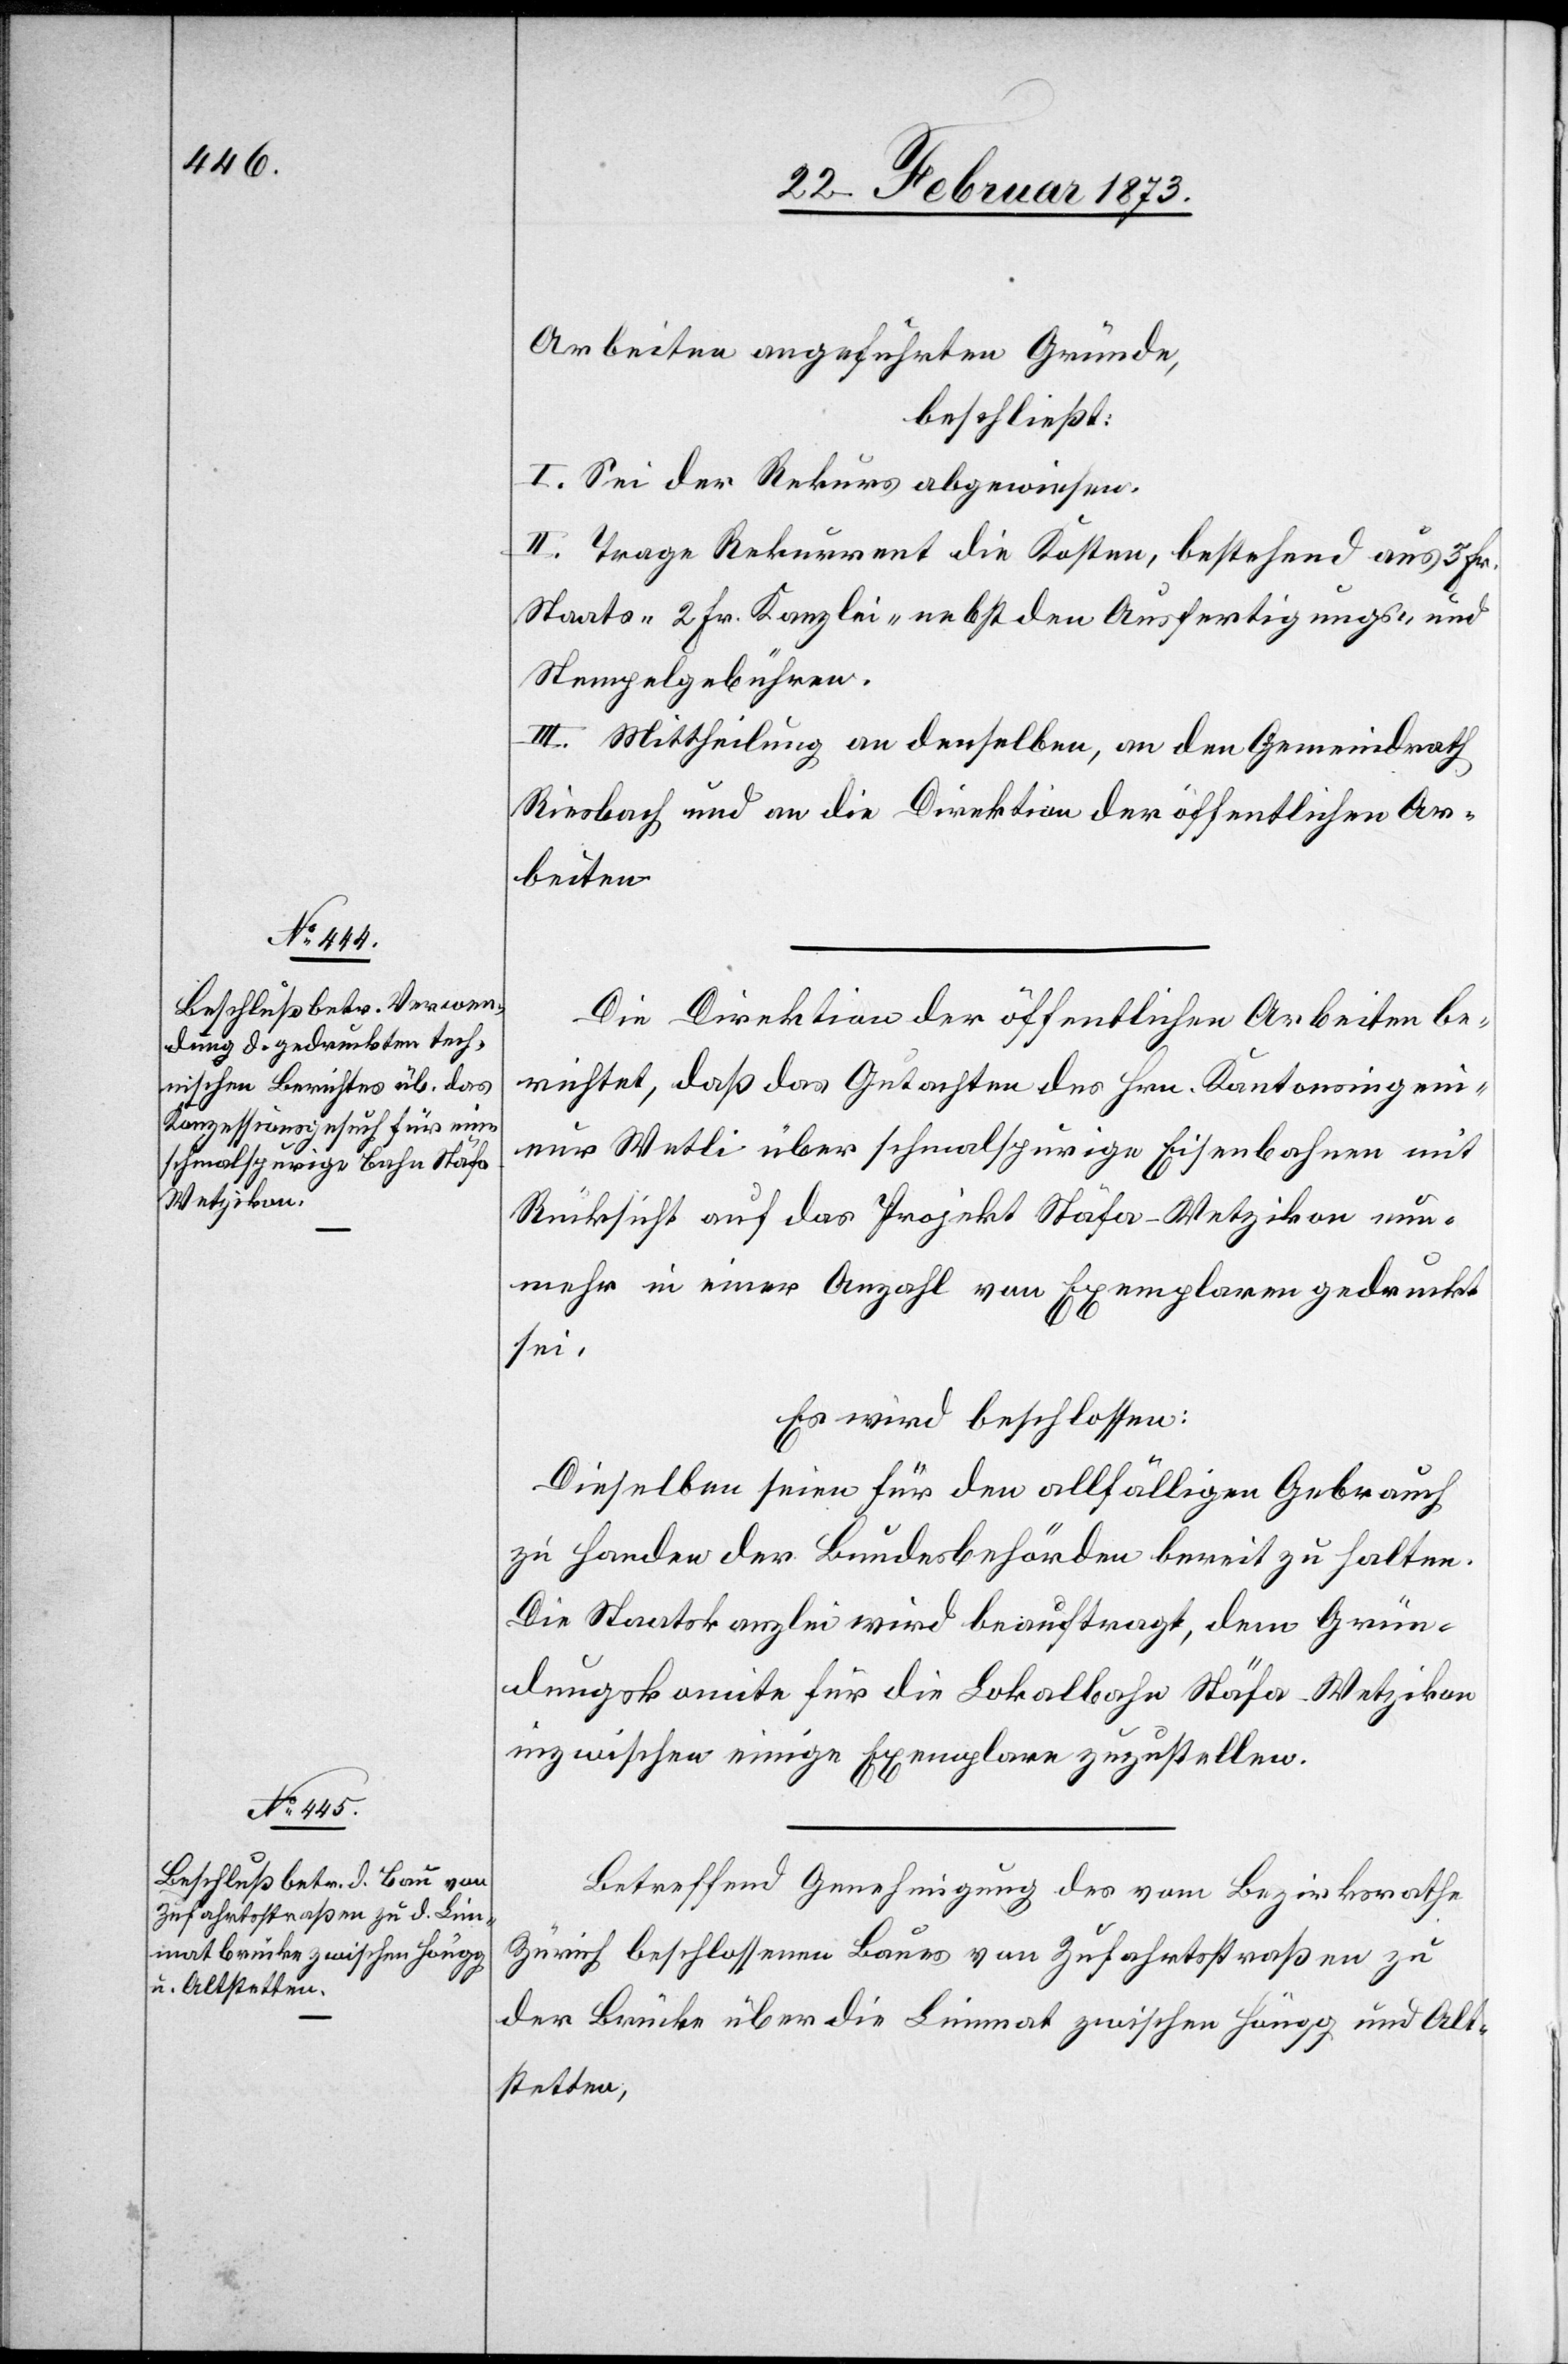
Arbeiten angeführten Gründe,
beschließt:
I. Sei der Rekurs abgewiesen.
II. Trage Rekurrent die Kosten, bestehend aus 3 Fr.
Staats-[,] 2 Fr. Kanzlei nebst den Ausfertigungs- und
Stempelgebühren.
III. Mittheilung an denselben, an den Gemeindrath
Riesbach und an die Direktion der öffentlichen Ar¬
beiten.
Die Direktion der öffentlichen Arbeiten be¬
richtet, daß das Gutachten des Hrn. Kantonsingeni¬
eur Wetli über schmalspurige Eisenbahnen mit
Rücksicht auf das Projekt Stäfa–Wetzikon nun¬
mehr in einer Anzahl von Exemplaren gedruckt
sei.
Es wird beschlossen:
Dieselben seien für den allfälligen Gebrauch
zu Handen der Bundesbehörden bereit zu halten.
Die Staatskanzlei wird beauftragt, dem Grün¬
dungskomite für die Lokalbahn Stäfa-Wetzikon
inzwischen einige Exemplare zuzustellen.
Betreffend Genehmigung des vom Bezirksrathe
Zürich beschlossenen Baues von Zufahrtsstraßen zu
der Brücke über die Limmat zwischen Höngg und Alt¬
stetten,